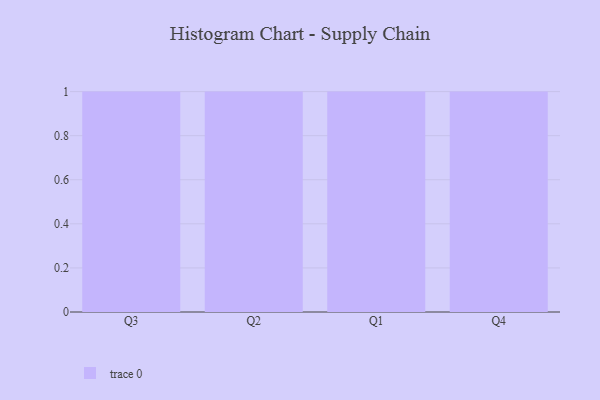
{"axis": {"x": "Quarter", "y": "Conversion Rate (%)"}, "legend": [""], "data": [{"x": "Q3", "y": 74, "type": ""}, {"x": "Q2", "y": 39, "type": ""}, {"x": "Q1", "y": 8, "type": ""}, {"x": "Q4", "y": 60, "type": ""}]}